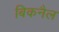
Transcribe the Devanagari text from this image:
बिकनैल